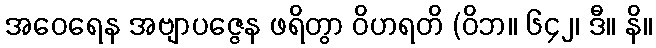
အဝေရေန အဗျာပဇ္ဇေန ဖရိတွာ ဝိဟရတိ (ဝိဘ။ ၆၄၂၊ ဒီ။ နိ။